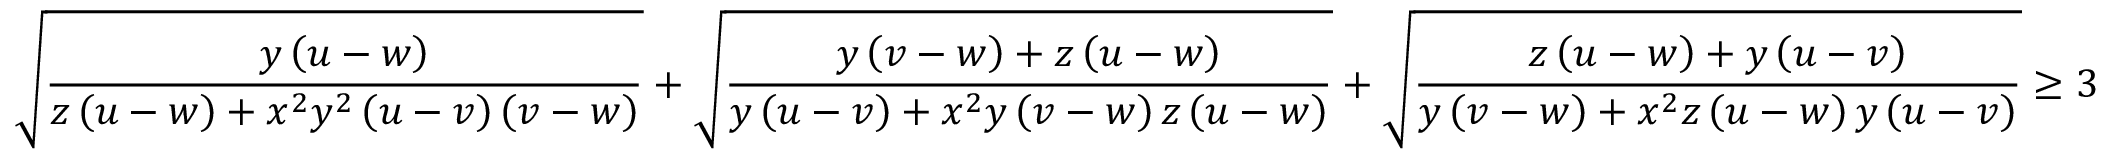
\sqrt { \frac { y \left( u - w \right) } { z \left( u - w \right) + x ^ { 2 } y ^ { 2 } \left( u - v \right) \left( v - w \right) } } + \sqrt { \frac { y \left( v - w \right) + z \left( u - w \right) } { y \left( u - v \right) + x ^ { 2 } y \left( v - w \right) z \left( u - w \right) } } + \sqrt { \frac { z \left( u - w \right) + y \left( u - v \right) } { y \left( v - w \right) + x ^ { 2 } z \left( u - w \right) y \left( u - v \right) } } \ge 3